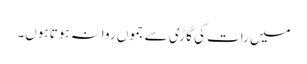
میں رات کی گاڑی سے جموں روانہ ہوتا ہوں۔